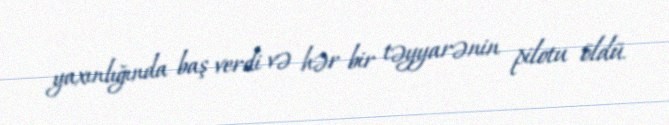
yaxınlığında baş verdi və hər bir təyyarənin pilotu öldü.